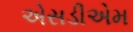
એસડીએમ